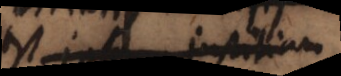
est justitiam